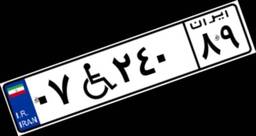
۰۷W۲۴۰۸۹